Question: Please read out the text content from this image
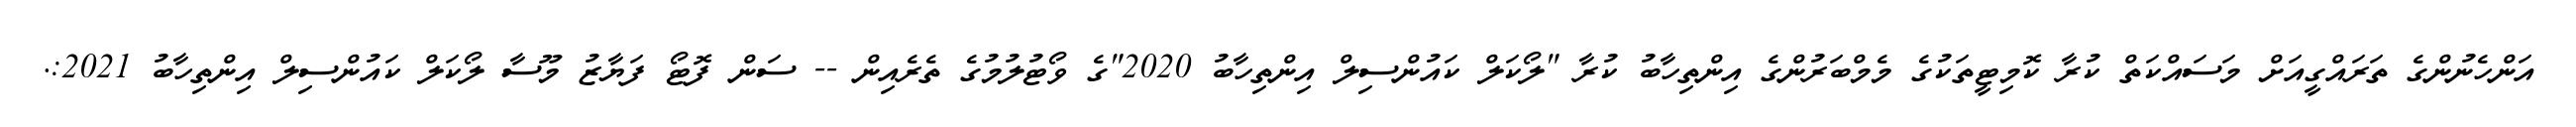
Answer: އަންހެނުންގެ ތަރައްގީއަށް މަސައްކަތް ކުރާ ކޮމިޓީތަކުގެ މެމްބަރުންގެ އިންތިހާބު ކުރާ "ލޯކަލް ކައުންސިލް އިންތިހާބު 2020"ގެ ވޯޓުލުމުގެ ތެރެއިން -- ސަން ފޮޓޯ ފަޔާޒު މޫސާ ލޯކަލް ކައުންސިލް އިންތިހާބު 2021:.